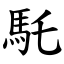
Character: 馲